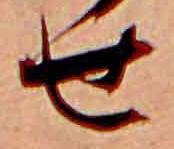
せ